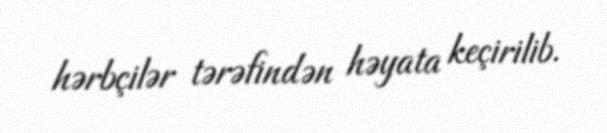
hərbçilər tərəfindən həyata keçirilib.